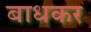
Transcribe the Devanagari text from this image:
बाधकर